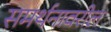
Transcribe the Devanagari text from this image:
समर्थनावरील